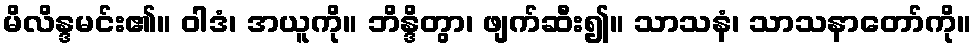
မိလိန္ဒမင်း၏။ ဝါဒံ၊ အယူကို။ ဘိန္ဒိတွာ၊ ဖျက်ဆီး၍။ သာသနံ၊ သာသနာတော်ကို။